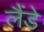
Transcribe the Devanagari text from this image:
लैंडे